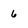
Character: 6